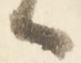
候